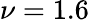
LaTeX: \nu=1.6